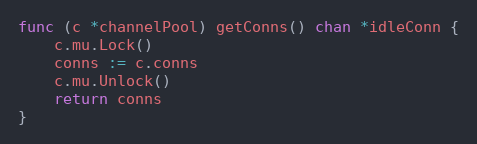
Language: Go
func (c *channelPool) getConns() chan *idleConn {
	c.mu.Lock()
	conns := c.conns
	c.mu.Unlock()
	return conns
}